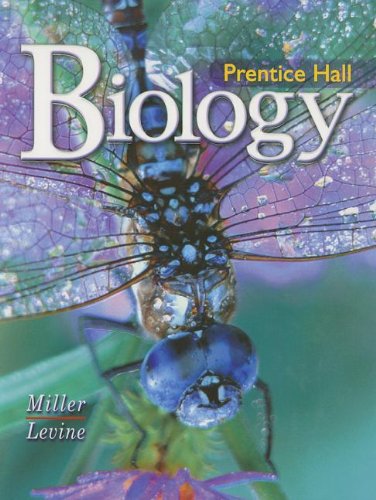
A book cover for Biology; Kenneth R. Miller; Teen & Young Adult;